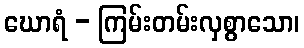
ဃောရံ - ကြမ်းတမ်းလှစွာသော၊